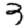
Digit: 3